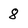
Character: 8